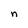
Character: n